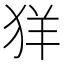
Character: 𦍕